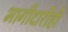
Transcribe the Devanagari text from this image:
भागीदारीही